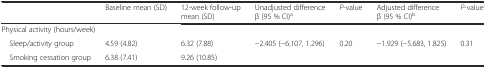
|  | Baseline mean (SD) | 12-week follow-up mean (SD) | Unadjusted difference β (95 % CI)a | P-value | Adjusted difference β (95 % CI)b | P-value |
 | --- | --- | --- | --- | --- | --- | --- |
 | <COLSPAN=7> Physical activity (hours/week) |
 | Sleep/activity group | 4.59 (4.82) | 6.32 (7.88) | <ROWSPAN=2> −2.405 (−6.107, 1.296) | <ROWSPAN=2> 0.20 | <ROWSPAN=2> −1.929 (−5.683, 1.825) | <ROWSPAN=2> 0.31 |
 | Smoking cessation group | 6.38 (7.41) | 9.26 (10.85) |